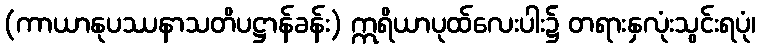
(ကာယာနုပဿနာသတိပဋ္ဌာန်ခန်း) ဣရိယာပုထ်လေးပါး၌ တရားနှလုံးသွင်းရပုံ၊